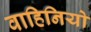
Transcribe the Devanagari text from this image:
वाहिनियो